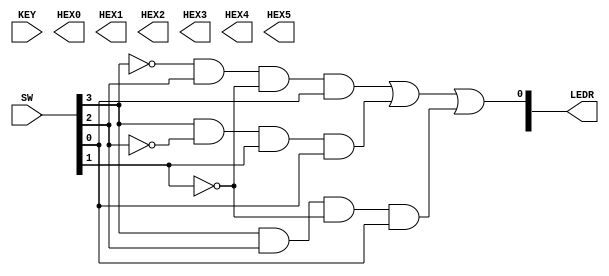
module Lab3(
	input  [1:0] KEY,
	input  [9:0] SW,
	output [9:0] LEDR,
	output [7:0] HEX0, HEX1, HEX2, HEX3, HEX4, HEX5
	
);
assign LEDR[0] = ~SW[3]&SW[2]&~SW[1]&SW[0] | SW[3]&~SW[2]&SW[1]&SW[0] |SW[3]&SW[2]&~SW[1]&SW[0];

endmodule